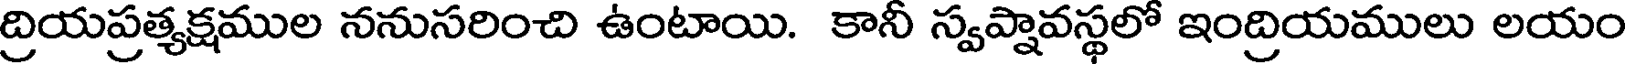
ద్రియప్రత్యక్షముల ననుసరించి ఉంటాయి. కానీ స్వప్నావస్థలో ఇంద్రియములు లయం